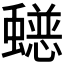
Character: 𮕄